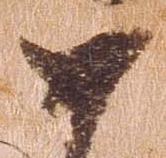
如